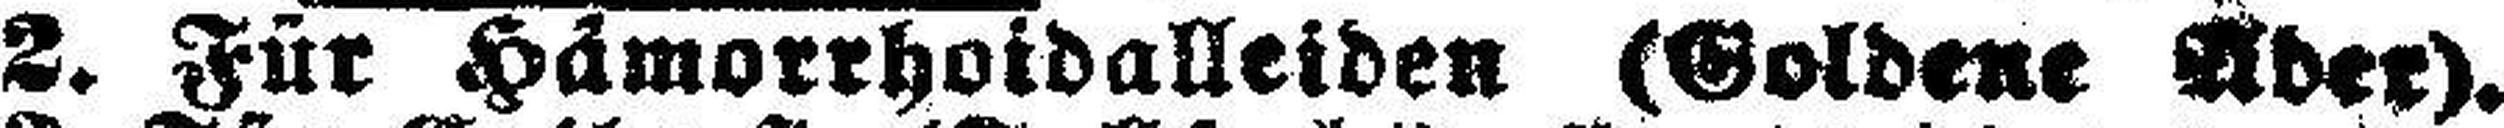
2. Für Hämorrhoidalleiden (Goldene Aber).